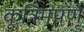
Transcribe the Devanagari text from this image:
कृत्रिमपणे